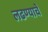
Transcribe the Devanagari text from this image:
लढण्याचें